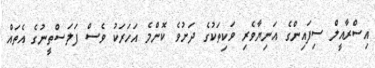
އިސްރާއީލް ސިފައިންގެ އަނިޔާވެރި ވަކިތަކުގެ ދަށުވެ ކޮންމެ އަހަރަކު ވެސް ފަލަސްތީނުގެ އެތައް